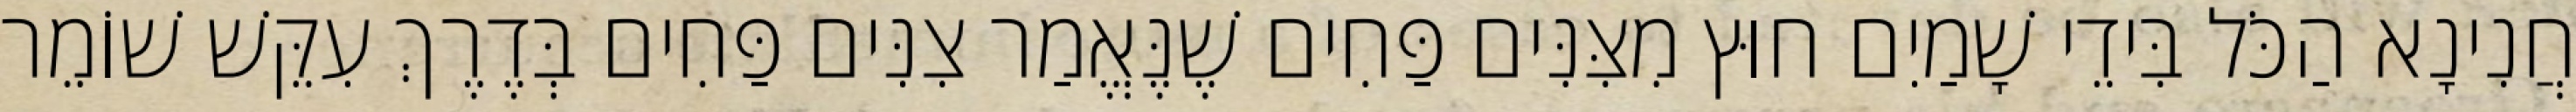
חֲנִינָא הַכֹּל בִּידֵי שָׁמַיִם חוּץ מִצִּנִּים פַּחִים שֶׁנֶּאֱמַר צִנִּים פַּחִים בְּדֶרֶךְ עִקֵּשׁ שׁוֹמֵר